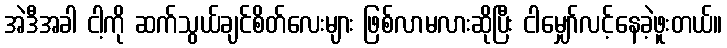
အဲဒီအခါ ငါ့ကို ဆက်သွယ်ချင်စိတ်လေးများ ဖြစ်လာမလားဆိုပြီး ငါမျှော်လင့်နေခဲ့ဖူးတယ်။